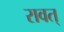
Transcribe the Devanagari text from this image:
रावत्